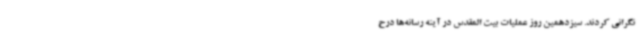
نگرانی کردند. سیزدهمین روز عملیات بیت المقدس در آینه رسانه‌ها درح